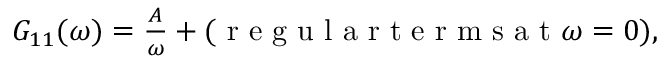
\begin{array} { r } { G _ { 1 1 } ( \omega ) = \frac { A } { \omega } + ( \mathrm { ~ r ~ e ~ g ~ u ~ l ~ a ~ r ~ t ~ e ~ r ~ m ~ s ~ a ~ t ~ } \omega = 0 ) , } \end{array}